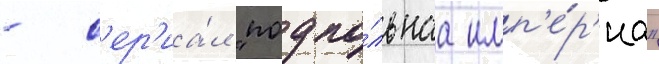
- с'ер'иа́л "подпо́льнаа имп'е́р'иа"